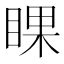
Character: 𥇬